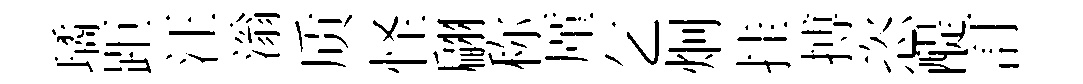
璚距汪滃质怪翩称厪乞炯挂搏恣醍訂